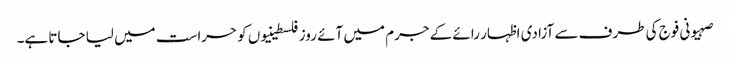
صہیونی فوج کی طرف سے آزادی اظہار رائے کے جرم میں آئے روز فلسطینیوں کو حراست میں لیا جاتا ہے۔